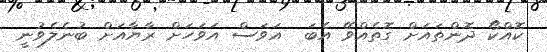
ކޮއްކޯ ދޮންތައަށް ގޮތެއްވޭ އެބަ  އަވަސް އަވަހަށް ރާޔާއަށް ބުނެލެވުނީ